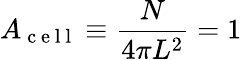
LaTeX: A_{\mathrm{~c~e~l~l~}}\equiv\frac{N}{4\pi L^{2}}=1